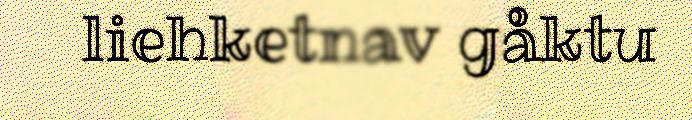
liehketnav gåktu